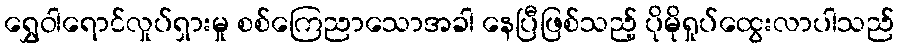
ရွှေဝါရောင်လှုပ်ရှားမှု စစ်ကြေညာသောအခါ နေပြီဖြစ်သည့် ပိုမိုရှုပ်ထွေးလာပါသည်